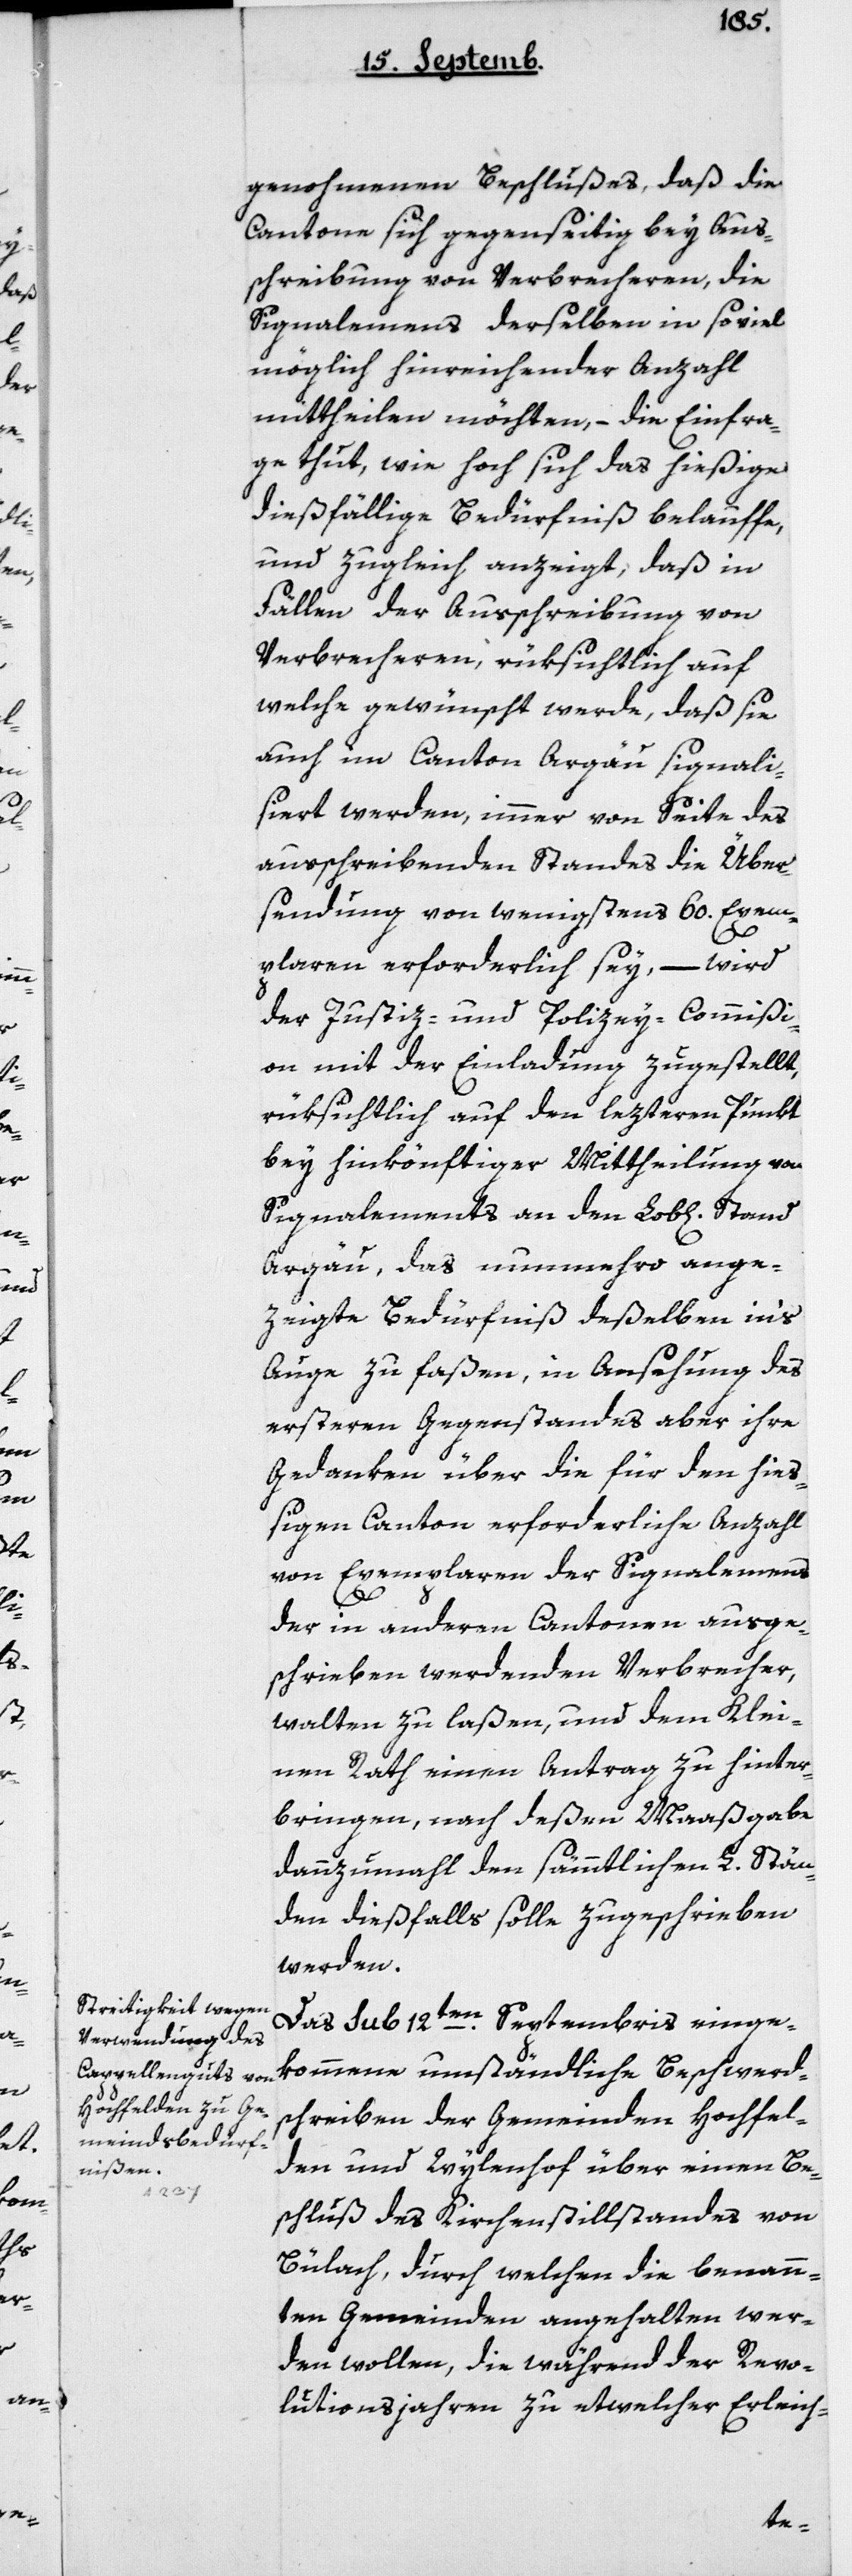
genohmenen Beschlußes, daß die
Cantone sich gegenseitig bey Aus¬
schreibung von Verbrecheren, die
Signalemens derselben in soviel
möglich hinreichender Anzahl
mittheilen möchten, die Einfra¬
ge tut, wie hoch sich das hießige
dießfällige Bedürfnis belaufe,
und zugleich anzeigt, daß in
Fällen der Ausschreibung von
Verbrecheren, rüksichtlich auf
welche gewünscht werde, daß sie
auch im Canton Argau signali¬
siert werden, immer von Seite des
ausschreibenden Standes die Über¬
sendung von wenigstens 60 Exem¬
plaren erforderlich sey, – wird
der Justiz- und Policey-Commißi¬
on mit der Einladung zugestellt,
rüksichtlich auf den lezteren Punkt
bey hinkönftiger Mittheilung von
Signalements an den Lobl. Stand
Argau, das nunmehro ange¬
zeigte Bedürfnis deßelben in’s
Auge zu faßen, in Ansehung des
ersteren Gegenstandes aber ihre
Gedanken über die für den hieß¬
igen Canton erforderliche Anzahl
von Exemplaren der Signalemens
der in anderen Cantonen ausge¬
schrieben werdenden Verbrecher,
walten zu laßen, und dem Klei¬
nen Rath einen Antrag zu hinter¬
bringen, nach deßen Maaßgabe
dannzumahl den sämtlichen L. Stän¬
den dießfalls solle zugeschrieben
werden.
Das sub 12ten Septembris einge¬
kommene umständliche Beschwerd¬
schreiben der Gemeinden Hochfel¬
den und Wylenhof über einen Be¬
schluß des Kirchenstillstands von
Bülach, durch welchen die benann¬
ten Gemeinden angehalten wer¬
den wollen, die während der Revo¬
lutionsjahren zu etwelcher Erleich-